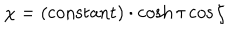
\chi = ( \mathrm { c o n s t a n t } ) \cdot \cosh \tau \cos \zeta